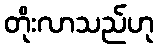
တိုးလာသည်ဟု